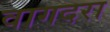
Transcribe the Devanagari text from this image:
वागदरा